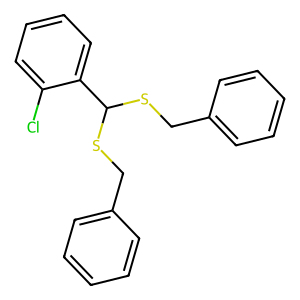
SMILES: Clc1ccccc1C(SCc1ccccc1)SCc1ccccc1
Inhibits HIV replication: No